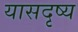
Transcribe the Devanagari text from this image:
यासदृष्य